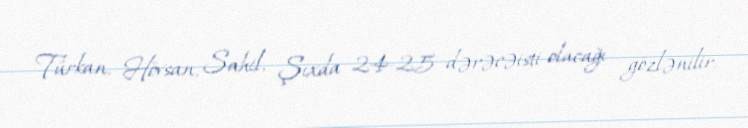
Türkan, Hövsan, Sahil, Şıxda 24-25 dərəcəisti olacağı gözlənilir.